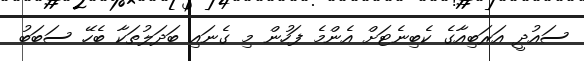
ސައުދީ އަރަބިއާގެ ކެބިނެޓަށް އެންމެ ފަހުން މި ގެނައި ބަދަލުތަކާ ބެހޭ ސަބަބު